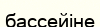
бассейіне